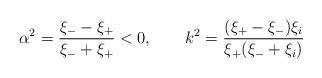
LaTeX: \begin{align*} \alpha^2=\frac{\xi_--\xi_+}{\xi_-+\xi_+}<0, \qquad k^2=\frac{(\xi_+-\xi_-)\xi_i}{\xi_+(\xi_-+\xi_i)}\end{align*}